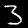
Digit: 3